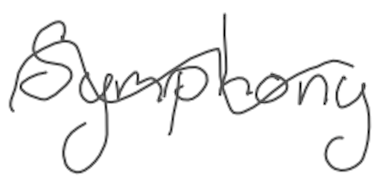
Text: Symphony
Cross-out: mix
Writing tool: digital_gray